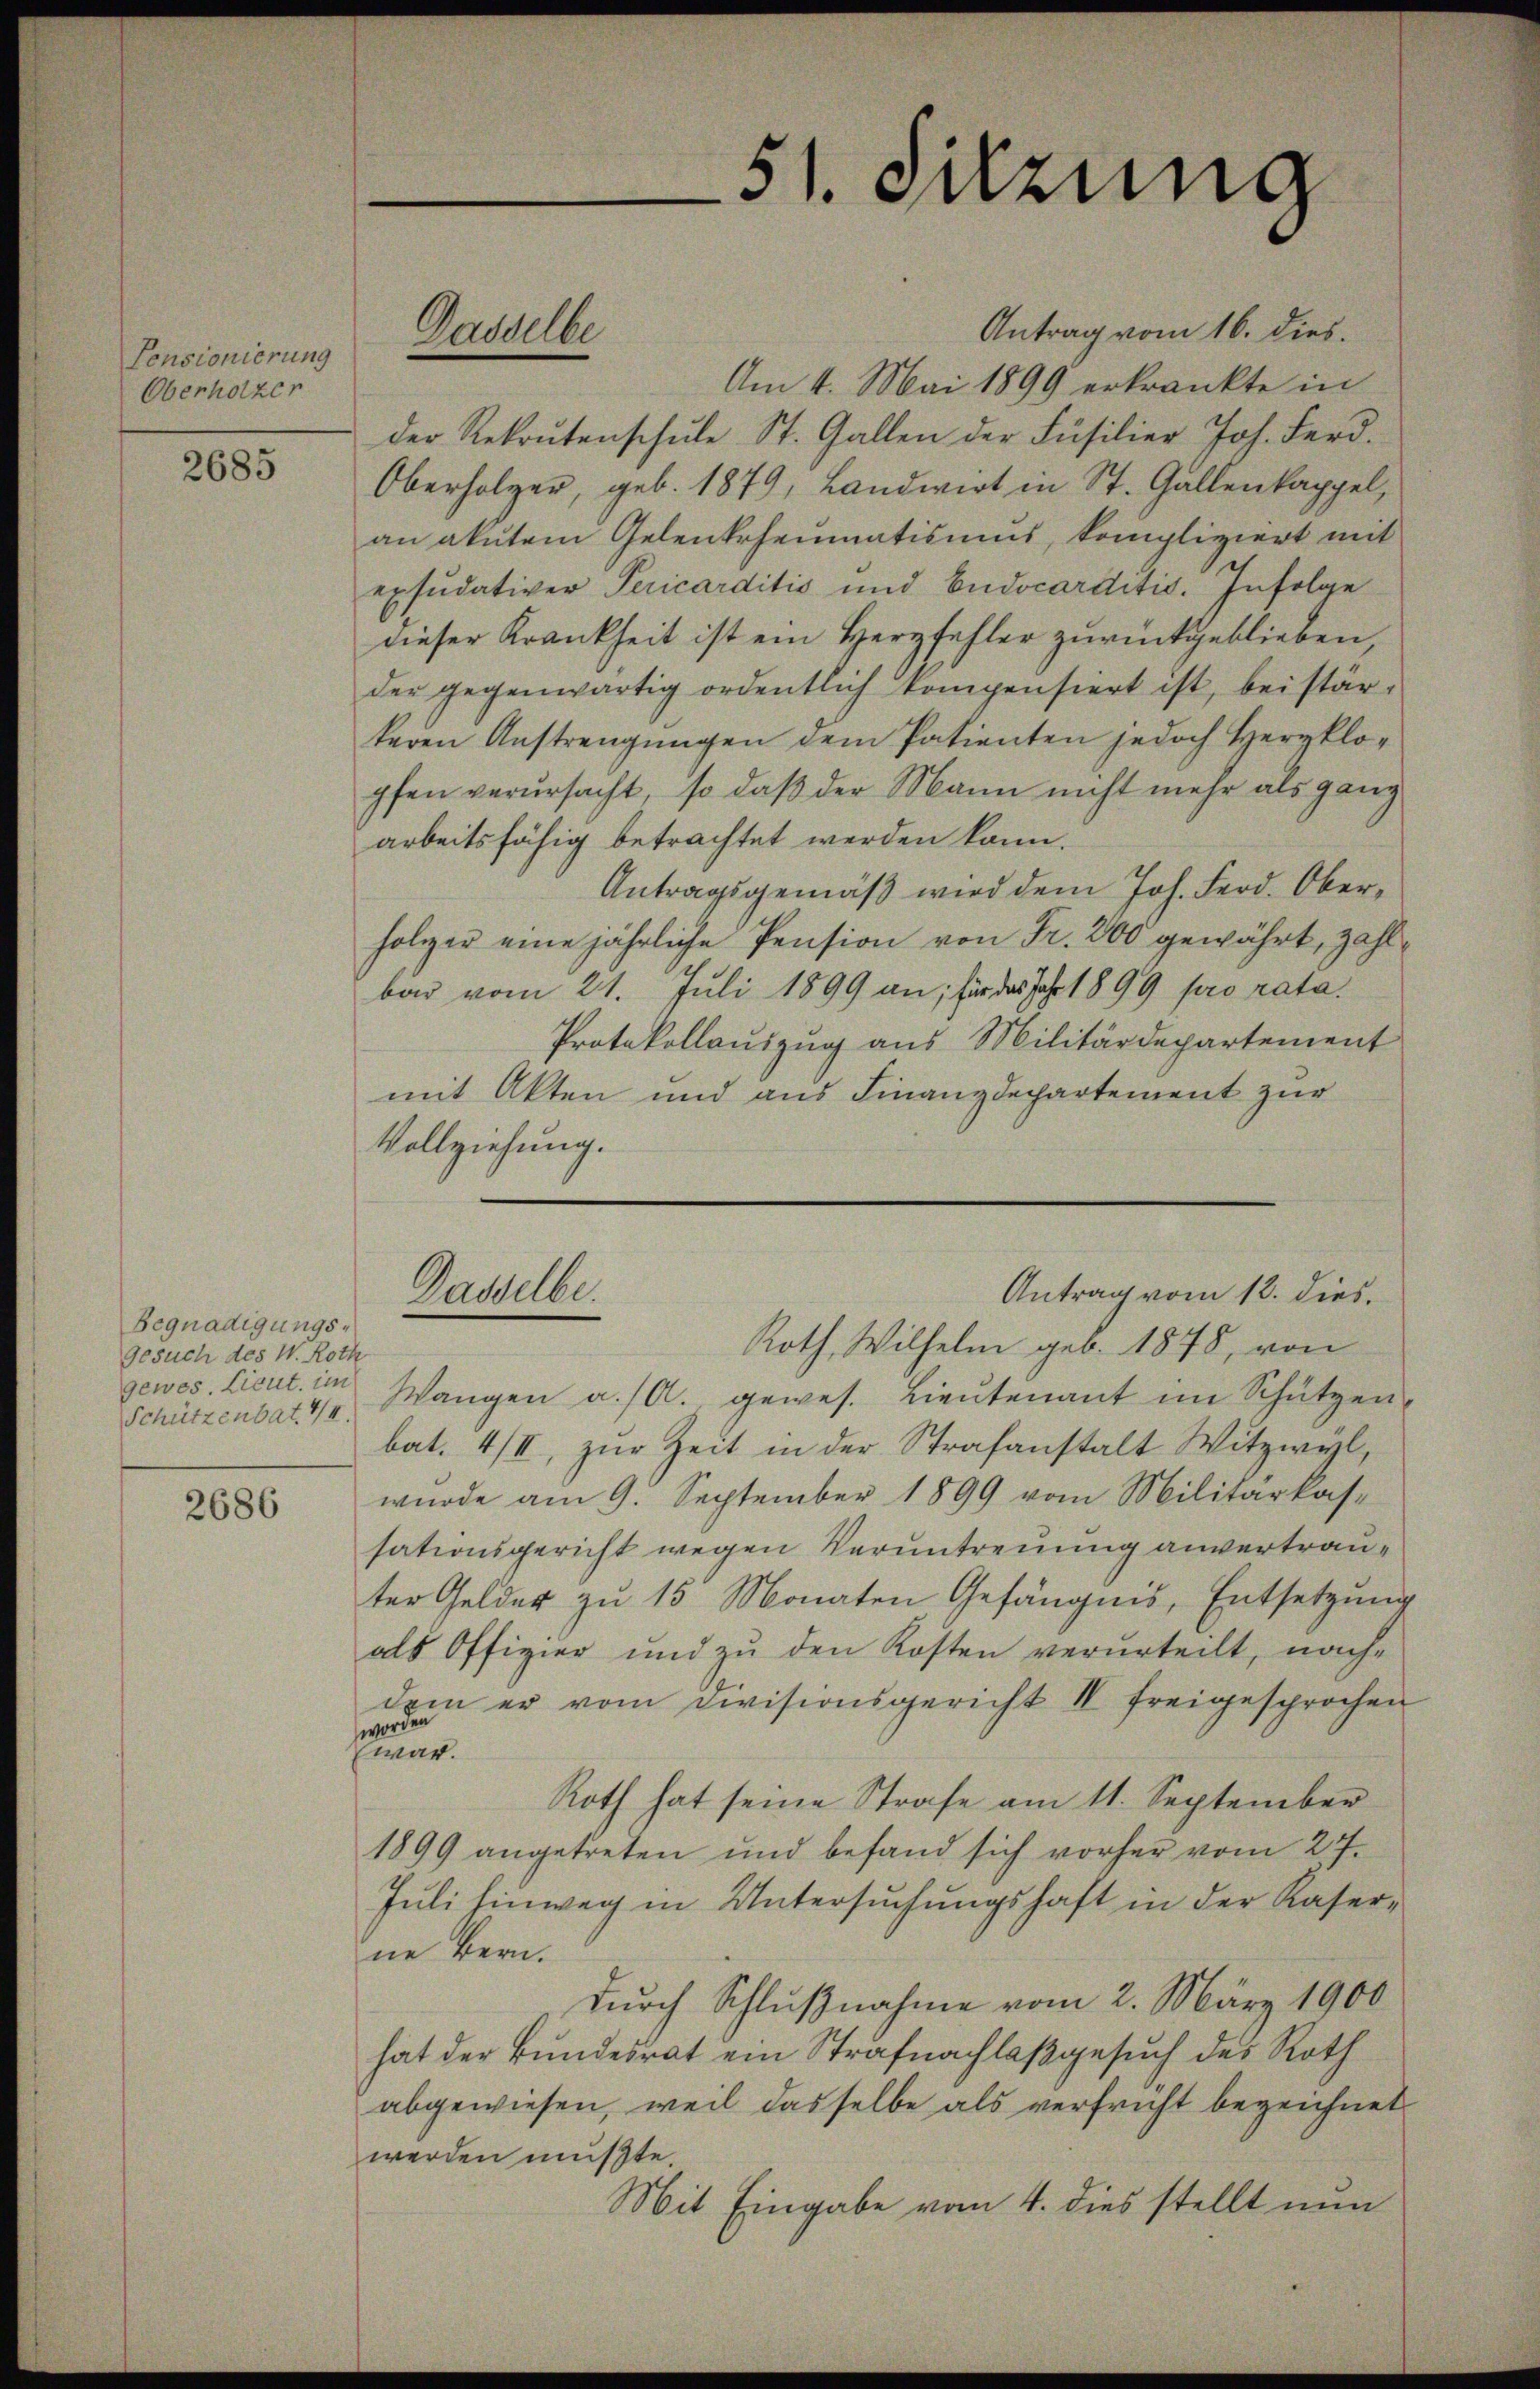
Pensionierung
Oberholzer

2685

Begnadigungs¬
Gesuch des W. Roth
gewes. Lieut. im
Schützenbat. 14

2686

Antrag vom 16. dies.
Am 4. Mai 1899 erkränkte in
der Rekrutenschŭle St. Gallen der Füsilier Joh. Ferd.
Oberholzer, geb. 1879, Landwirt in St. Gallenkappel,
an akutem Gelenkrheumatismus, kompliziert mit
exsudativer Pericarditis und Eudocarditis. Infolge
dieser Krankheit ist ein Herzfehler zurückgeblieben
der gegenwärtig ordentlich kompensiert ist, beistärkeren Anstrengungen dem Patienten jedoch Herzklopfen verursacht, so daß der Mann nicht mehr als ganz
arbeitsfähig betrachtet werden kann.
Antragsgemäß wird dem Joh. Ferd. Oberholzer eine jährliche Pension von Fr. 200 gewährt, zahlbar vom 21. Juli 1899 an; für das Jahr 1899 pro rata¬
Protokollauszug aus Militärdepartement
mit Akten und aus Finanzdepartement zur
Vollziehung.

Gasselbe

Dasselbe

51. Setzung

Antrag vom 12. dies

Roth, Wilhelm geb. 1878, von
Wangen a/A. gewes. Lieutenant im Schützen
bat. 4/II, zŭr Zeit in der Strafanstalt Witzwyl,
wurde am 9. September 1899 vom Militarkase
sationsgericht wegen Veruntreuung anvertrauter Gelder zu 15 Monaten Gefängnis, Entsetzung
als Offizier und zŭ den Kosten verurteilt, nach
dem er vom Divisionsgericht II freigesprochen
worden
Ewar.
Roth hat seine Strafe am 11. September
1899 angetreten und befand sich vorher vom 27.
Juli hinweg in Untersuchungshaft in der Kaser-
ne Bern.
Durch Schlußnahme vom 2. März 1900
hat der Bundesrat ein Strafnachlaß gesuch des Roth
abgewiesen, weil dasselbe als verfricht bezeichnet.
werden müßte.
Mit Eingabe vom 4. dies stellt nun